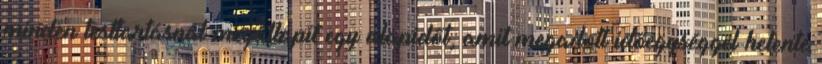
minden testtartásnál megállapít egy alapidőt, amit megadott időegységgel hetente